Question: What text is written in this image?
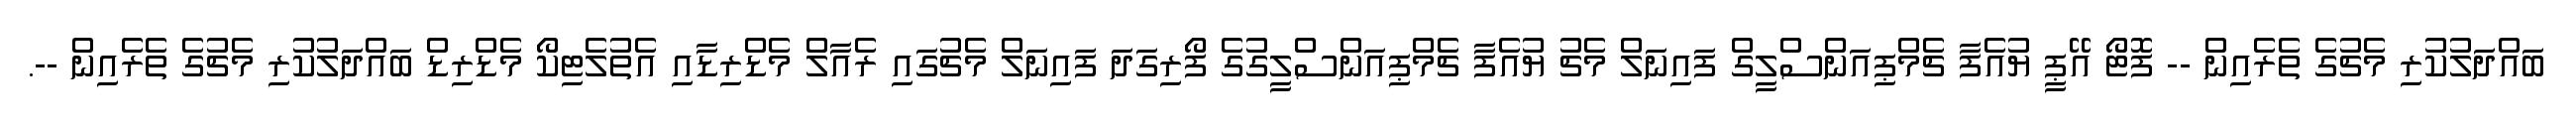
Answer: ބައްދަލުކުރި މެޗުގެ ތެރެއިން -- ފޮޓޯ އޭޕީ ޔުއެފާ ޗެމްޕިއަންސްލީގް ފައިނަލް މެޗު ޔުއެފާ ޗެމްޕިއަންސްލީގުގެ ފޯރިގަދަ ފައިނަލް މެޗުގައި ރެއާލް މެޑްރިޑާއި އެތުލެޓިކޯ މެޑްރިޑް ބައްދަލުކުރި މެޗުގެ ތެރެއިން --.